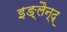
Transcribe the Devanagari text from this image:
इङ्लैन्द्